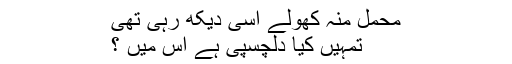
محمل منہ کھولے اسی دیکھ رہی تھی
تمہیں کیا دلچسپی ہے اس میں ؟